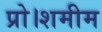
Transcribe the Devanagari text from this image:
प्रो।शमीम